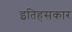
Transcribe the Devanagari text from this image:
इतिहसकार